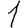
Digit: 1